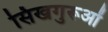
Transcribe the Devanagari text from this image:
सिखगुरूओं